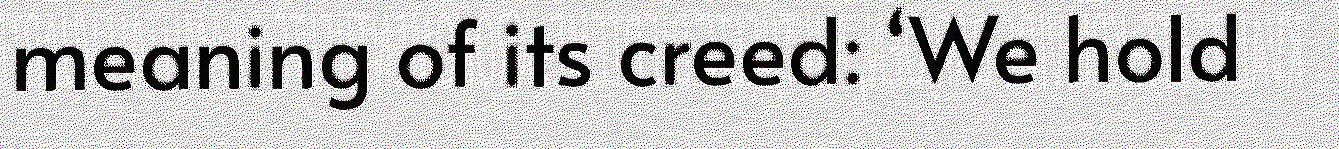
meaning of its creed: ‘We hold